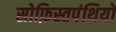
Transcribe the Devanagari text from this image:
सोफ़िस्तपंथियों